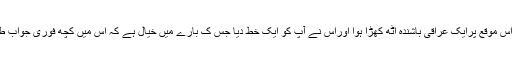
کہا جاتا ہے کہ اس موقع پرایک عراقی باشندہ اٹھ کھڑا ہوا اوراس نے آپ کو ایک خط دیا جس ک بارے میں خیال ہے کہ اس میں کچھ فوری جواب طلب مسائل تھے۔